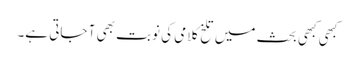
کبھی کبھی بحث میں تلخ کلامی کی نوبت بھی آ جاتی ہے۔